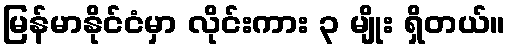
မြန်မာနိုင်ငံမှာ လိုင်းကား ၃ မျိုး ရှိတယ်။